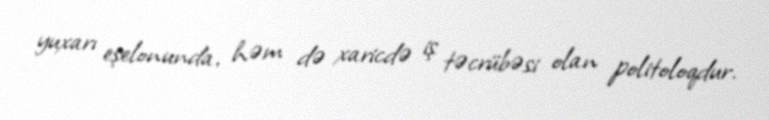
yuxarı eşelonunda, həm də xaricdə iş təcrübəsi olan politoloqdur.